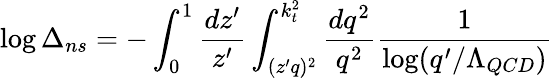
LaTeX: \log\Delta_{ns}=-\int_{0}^{1}\frac{dz^{\prime}}{z^{\prime}}\int_{(z^{\prime}q)^{2}}^{k_{t}^{2}}\frac{dq^{2}}{q^{2}}\frac{1}{\log(q^{\prime}/\Lambda_{QCD})}